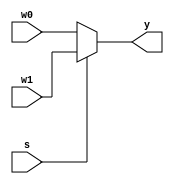
module MUX2_1(w0, w1, s, y);

    input wire w0, w1, s;
    output wire y;

    assign y = s? w1:w0;
endmodule